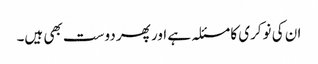
ان کی نوکری کا مسئلہ ہے اور پھر دوست بھی ہیں۔